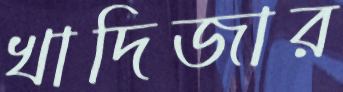
খাদিজার